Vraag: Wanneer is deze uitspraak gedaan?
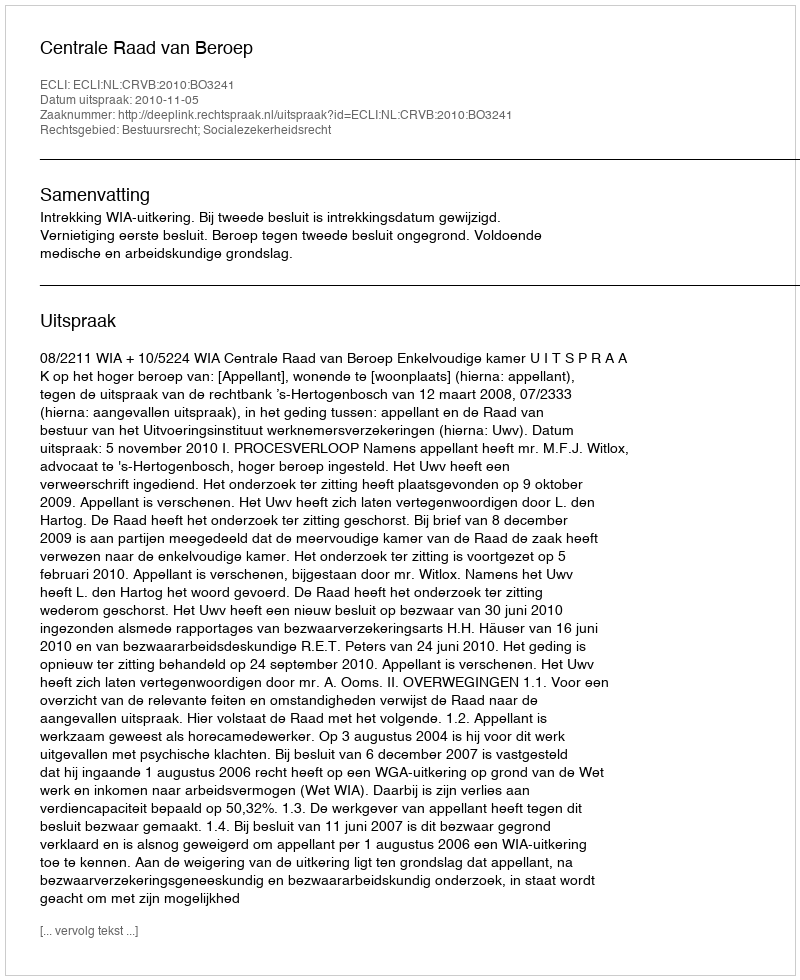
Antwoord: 2010-11-05